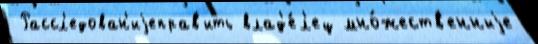
 Рассл'едован'иjеправ'ить влад'е́л'ец мно́жеств'енныjе